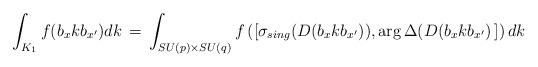
LaTeX: \begin{align*}\int_{K_1} f(b_{x}kb_{x^\prime})dk\,=\,\int_{ SU(p)\times SU(q)} f\left([\sigma_{sing}(D(b_xkb_{x^\prime})),\arg\Delta(D(b_{x}k b_{x^\prime})\,]\right)dk\end{align*}